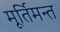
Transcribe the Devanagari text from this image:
मूर्तिमन्त